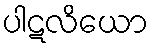
ပါဋလိယော